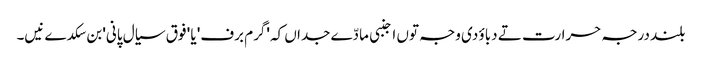
بلند درجہ حرارت تے دباؤ دی وجہ تو‏ں اجنبی مادّے جداں کہ 'گرم برف' یا ' فوق سیال پانی' بن سکدے نیں۔